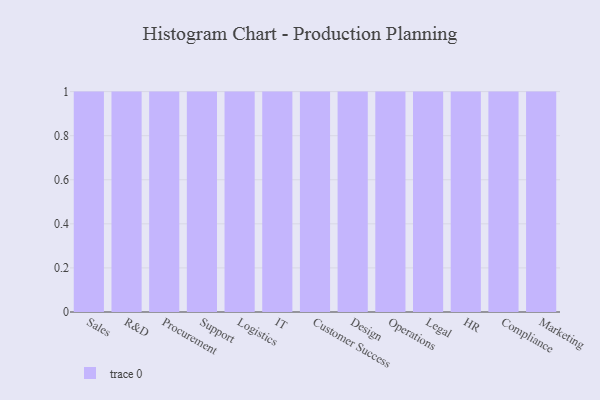
{"axis": {"x": "Department", "y": "Demand Index"}, "legend": [""], "data": [{"x": "Sales", "y": 31, "type": ""}, {"x": "R&D", "y": 50, "type": ""}, {"x": "Procurement", "y": 66, "type": ""}, {"x": "Support", "y": 87, "type": ""}, {"x": "Logistics", "y": 94, "type": ""}, {"x": "IT", "y": 59, "type": ""}, {"x": "Customer Success", "y": 94, "type": ""}, {"x": "Design", "y": 64, "type": ""}, {"x": "Operations", "y": 7, "type": ""}, {"x": "Legal", "y": 82, "type": ""}, {"x": "HR", "y": 81, "type": ""}, {"x": "Compliance", "y": 49, "type": ""}, {"x": "Marketing", "y": 73, "type": ""}]}